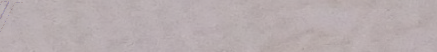
مطعم الفوخ: أشهى أنواع ال